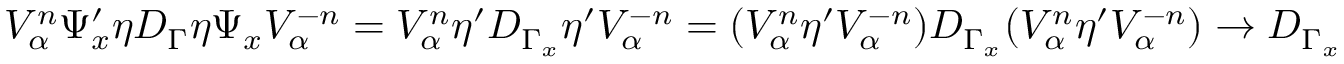
V _ { \alpha } ^ { n } \Psi _ { x } ^ { \prime } \eta D _ { \Gamma } \eta \Psi _ { x } V _ { \alpha } ^ { - n } = V _ { \alpha } ^ { n } \eta ^ { \prime } D _ { \Gamma _ { x } } \eta ^ { \prime } V _ { \alpha } ^ { - n } = ( V _ { \alpha } ^ { n } \eta ^ { \prime } V _ { \alpha } ^ { - n } ) D _ { \Gamma _ { x } } ( V _ { \alpha } ^ { n } \eta ^ { \prime } V _ { \alpha } ^ { - n } ) \to D _ { \Gamma _ { x } }